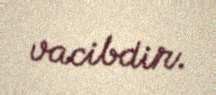
vacibdir.